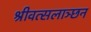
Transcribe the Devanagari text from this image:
श्रीवत्सलाञ्छन